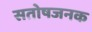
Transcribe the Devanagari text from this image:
सतोषजनक